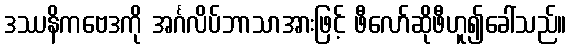
ဒဿနိကဗေဒကို အင်္ဂလိပ်ဘာသာအားဖြင့် ဖီလော်ဆိုဖီဟူ၍ခေါ်သည်။